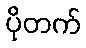
ပိုတက်